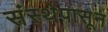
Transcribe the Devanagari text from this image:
संस्थेपासून